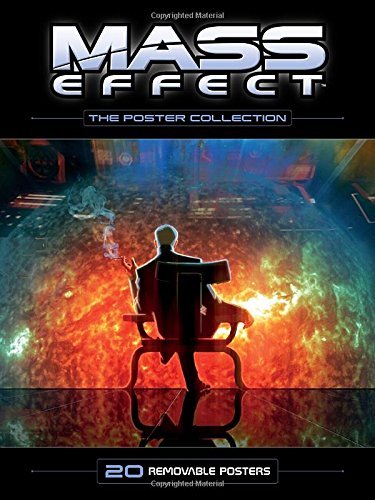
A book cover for Mass Effect-The Poster Collection; Various; Arts & Photography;